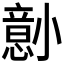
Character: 𫵋